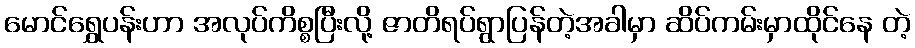
မောင်ရွှေပန်းဟာ အလုပ်ကိစ္စပြီးလို့ ဇာတိရပ်ရွာပြန်တဲ့အခါမှာ ဆိပ်ကမ်းမှာထိုင်နေ တဲ့